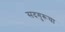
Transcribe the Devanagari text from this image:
सदगुरूचा